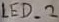
Text: LED_2